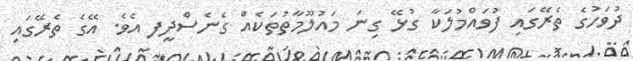
ދުވަހުގެ ތެރޭގައި ފުވައްމުލަކާ ގުޅޭ ގިނަ މައުލޫމާތުތަކެއް ގެނެސްދީފ އެވެ. އޭގެ ތެރޭގައި